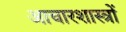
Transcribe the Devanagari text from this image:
आचारशास्त्रों